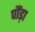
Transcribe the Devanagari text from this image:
पौंड़ा